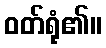
ဝတ်ရုံ၏။